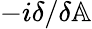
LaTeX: -i\delta/\delta\mathbb{A}